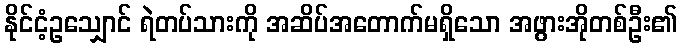
နိုင်ငံ့ဥသျှောင် ရဲတပ်သားကို အဆိပ်အတောက်မရှိသော အဖွားအိုတစ်ဦး၏